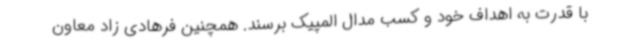
با قدرت به اهداف خود و کسب مدال المپیک برسند. همچنین فرهادی زاد معاون